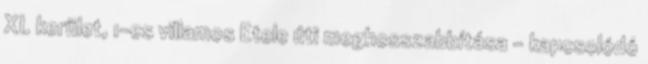
XI. kerület, 1-es villamos Etele úti meghosszabbítása - kapcsolódó